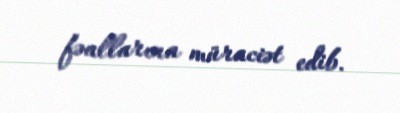
fəallarına müraciət edib.